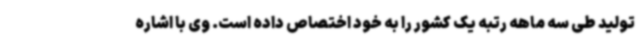
تولید طی سه ماهه رتبه یک کشور را به خود اختصاص داده است. وی با اشاره